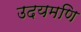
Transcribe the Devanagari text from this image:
उदयमणि